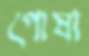
পোষা